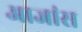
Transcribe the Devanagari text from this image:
आजांस